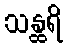
သန္ထရိ